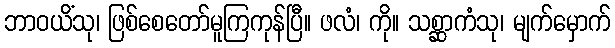
ဘာဝယိံသု၊ ဖြစ်စေတော်မူကြကုန်ပြီ။ ဖလံ၊ ကို။ သစ္ဆာကံသု၊ မျက်မှောက်